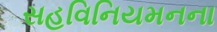
સહવિનિયમનના